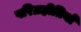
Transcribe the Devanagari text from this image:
परिग्रहीतियों